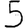
Digit: 5